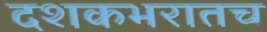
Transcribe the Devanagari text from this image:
दशकभरातच